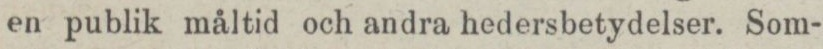
en publik måltid och andra hedersbetydelser. Som-